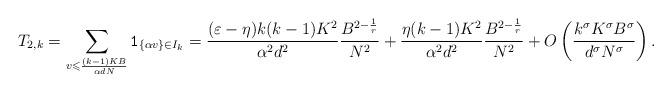
LaTeX: \begin{align*}T_{2,k}=\sum_{v\leqslant\frac{(k-1)K B}{\alpha d N}}\mathtt{1}_{\{\alpha v\}\in I_k}=\frac{(\varepsilon-\eta) k(k-1)K^2}{\alpha^2 d^2}\frac{B^{2-\frac{1}{r}}}{N^2}+\frac{\eta (k-1)K^2}{\alpha^2 d^2}\frac{B^{2-\frac{1}{r}}}{N^2}+O\left(\frac{k^\sigma K^\sigma B^\sigma}{d^\sigma N^\sigma}\right).\end{align*}